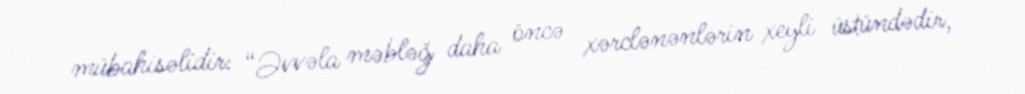
mübahisəlidir: “Əvvəla məbləğ daha öncə xərclənənlərin xeyli üstündədir,